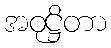
အဝုဋ္ဌိတာ